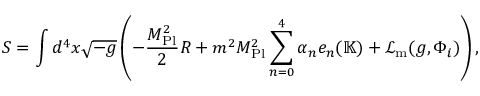
S = \int d ^ { 4 } x { \sqrt { - g } } \left( - { \frac { M _ { \mathrm { P l } } ^ { 2 } } { 2 } } R + m ^ { 2 } M _ { \mathrm { P l } } ^ { 2 } \displaystyle \sum _ { n = 0 } ^ { 4 } \alpha _ { n } e _ { n } ( \mathbb { K } ) + { \mathcal { L } } _ { \mathrm { m } } ( g , \Phi _ { i } ) \right) ,